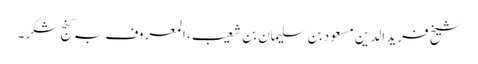
شیخ فرید الدین مسعود بن سلیمان بن شعیب ، المعروف بہ گنج شکر ۔